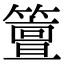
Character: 䉡